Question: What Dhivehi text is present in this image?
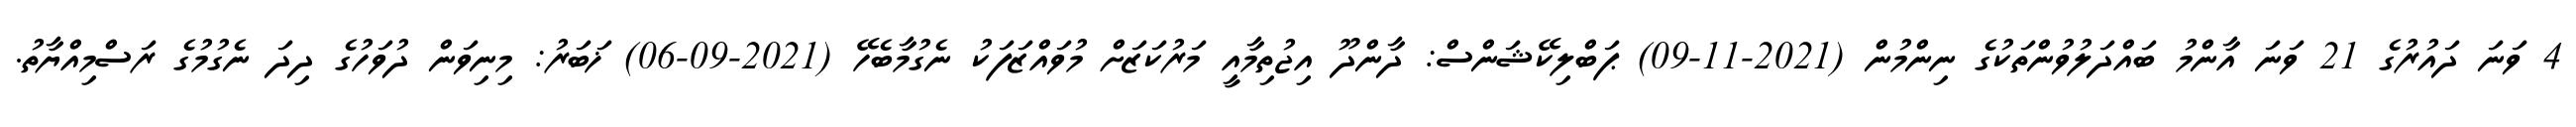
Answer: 4 ވަނަ ދައުރުގެ 21 ވަނަ އާންމު ބައްދަލުވުންތަކުގެ ނިންމުން (2021-11-09) ޕަބްލިކޭޝަންސް: ދާންދޫ އިޖުތިމާއީ މަރުކަޒަށް މުވައްޒަފަކު ނެގުމާބެހޭ (2021-09-06) ޚަބަރު: މިނިވަން ދުވަހުގެ ދިދަ ނެގުމުގެ ރަސްމިއްޔާތު.